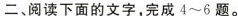
二、阅读下面的文字，完成4~6题。